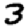
Digit: 3